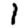
Digit: 1